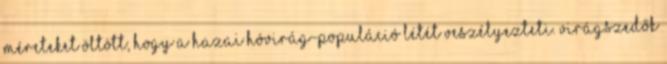
méreteket öltött, hogy a hazai hóvirág-populáció létét veszélyezteti. Virágszedők